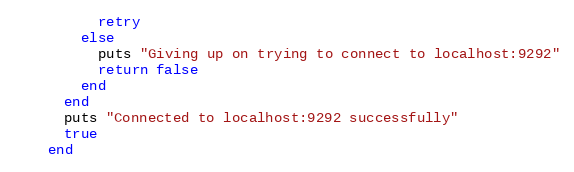
Language: Ruby
          retry
        else
          puts "Giving up on trying to connect to localhost:9292"
          return false
        end
      end
      puts "Connected to localhost:9292 successfully"
      true
    end